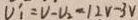
V ^ { \prime } _ { 1 } = V - V _ { 2 } = 1 2 v - 3 v